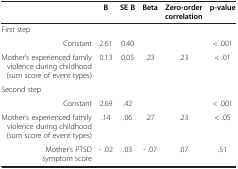
<table><thead><tr><td><b> </b></td><td><b>B</b></td><td><b>SE B</b></td><td><b>Beta</b></td><td><b>Zero-order correlation</b></td><td><b>p-value</b></td></tr></thead><tbody><tr><td>First step</td><td> </td><td> </td><td> </td><td> </td><td> </td></tr><tr><td>Constant</td><td>2.61</td><td>0.40</td><td> </td><td> </td><td>&lt; .001</td></tr><tr><td>Mother’s experienced family violence during childhood (sum score of event types)</td><td>0.13</td><td>0.05</td><td>.23</td><td>.23</td><td>&lt; .01</td></tr><tr><td>Second step</td><td> </td><td> </td><td> </td><td> </td><td> </td></tr><tr><td>Constant</td><td>2.69</td><td>.42</td><td> </td><td> </td><td>&lt; .001</td></tr><tr><td>Mother’s experienced family violence during childhood (sum score of event types)</td><td>.14</td><td>.06</td><td>.27</td><td>.23</td><td>&lt; .05</td></tr><tr><td>Mother’s PTSD symptom score</td><td>- .02</td><td>.03</td><td>- .07</td><td>.07</td><td>.51</td></tr></tbody></table>